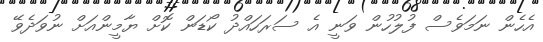
އެހެން ނަމަވެސް ފުލުހުން ވަނީ އެ ސަރަހައްދު ކޯޑަން ކޮށް ޔާމީންއަށް ނުވަދެވޭ